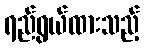
ရည်ရွယ်ထားသည့်